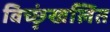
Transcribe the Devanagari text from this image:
विच्छृंखलित